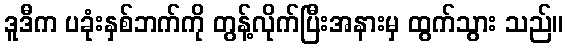
ဒူဒီက ပခုံးနှစ်ဘက်ကို တွန့်လိုက်ပြီးအနားမှ ထွက်သွား သည်။